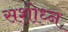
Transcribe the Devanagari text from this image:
सशोध्न